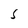
Character: S